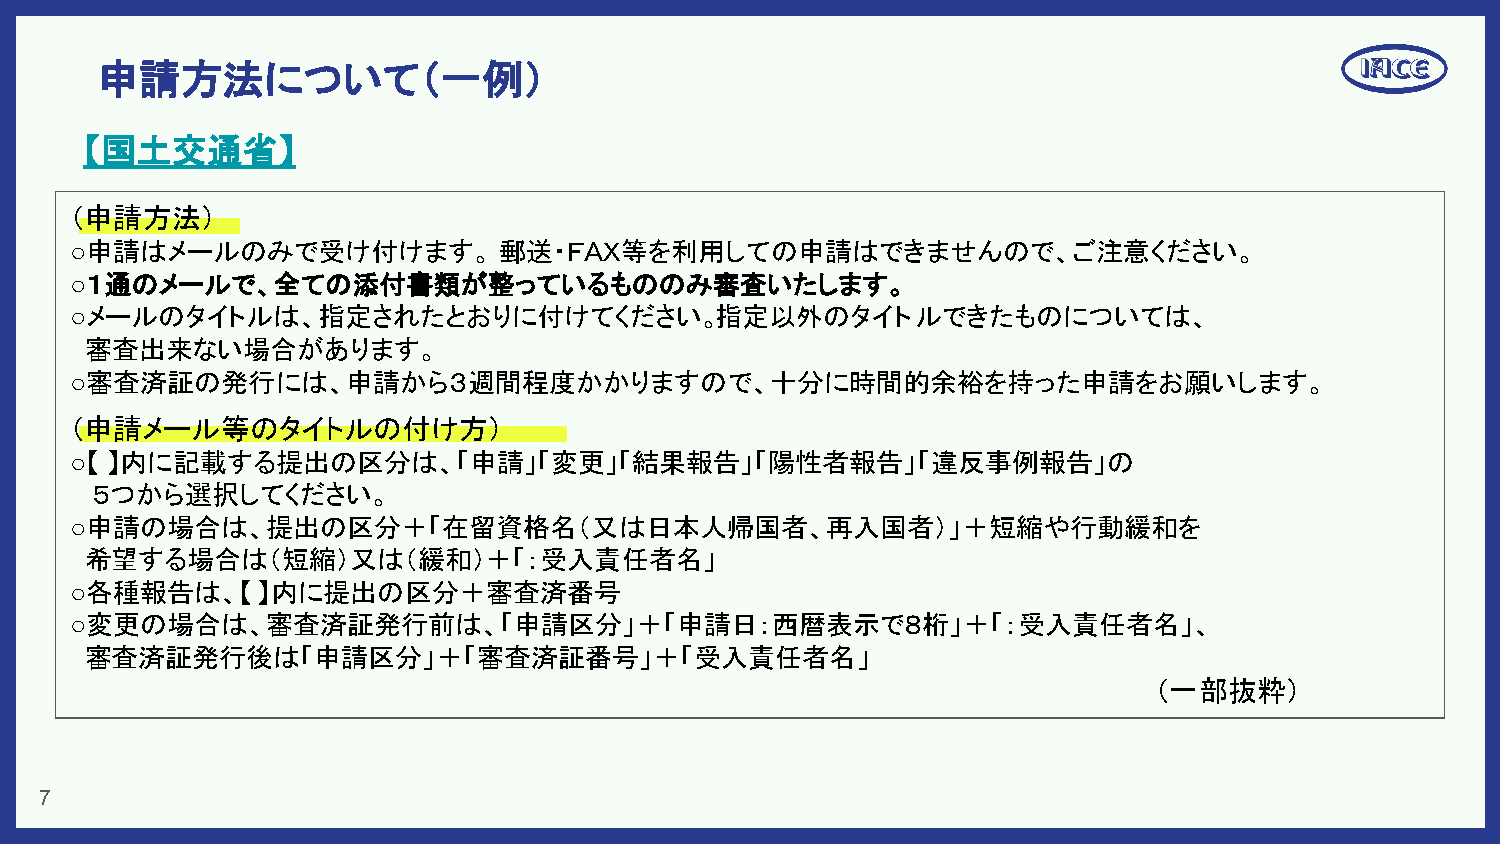
申請方法について（一例）
 【国土交通省】
 （申請方法）
 ○申請はメールのみで受け付けます。           郵送・ＦＡＸ等を利用しての申請はできませんので、ご注意ください。
 ○１通のメールで、全ての添付書類が整っているもののみ審査いたします。
 ○メールのタイトルは、指定されたとおりに付けてください。              指定以外のタイト      ルできたものについては、
 審査出来ない場合があります。
 ○審査済証の発行には、申請から３週間程度かかりますので、十分に時間的余裕を持った申請をお願いします。
 （申請メール等のタイトルの付け方）
 ○【 】内に記載する提出の区分は、「申請」「変更」「結果報告」「陽性者報告」「違反事例報告」の
 ５つから選択してください。
 ○申請の場合は、提出の区分＋「在留資格名（又は日本人帰国者、再入国者）」＋短縮や行動緩和を
 希望する場合は（短縮）又は（緩和）＋「：受入責任者名」
 ○各種報告は、【    】内に提出の区分＋審査済番号
 ○変更の場合は、審査済証発行前は、「申請区分」＋「申請日：西暦表示で８桁」＋「：受入責任者名」、
 審査済証発行後は「申請区分」＋「審査済証番号」＋「受入責任者名」
 （一部抜粋）
 7